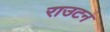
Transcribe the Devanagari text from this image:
राउटन